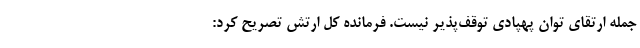
جمله ارتقای توان پهپادی توقف‌پذیر نیست. فرمانده کل ارتش تصریح کرد: